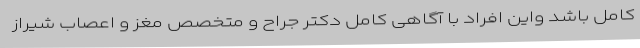
کامل باشد واین افراد با آگاهی کامل دکتر جراح و متخصص مغز و اعصاب شیراز